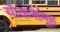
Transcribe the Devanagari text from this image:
योकसमूह